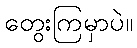
တွေးကြမှာပဲ။